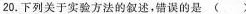
20.下列关于实验方法的叙述，错误的是 ( )